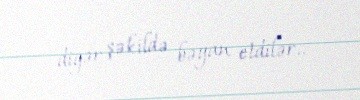
digər şəkildə bəyan etdilər..